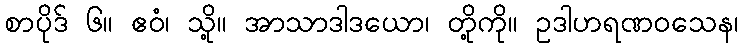
စာပိုဒ် ၆။ ဧဝံ၊ သို့။ အာသာဒါဒယော၊ တို့ကို။ ဥဒါဟရဏဝသေန၊